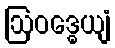
ဩဝဒ္ဓေယျံ